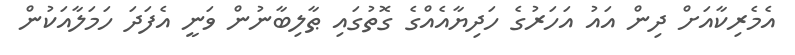
އެމެރިކާއަށް ދިން އައު އަހަރުގެ ހަދިޔާއެއްގެ ގޮތުގައި ޠާލިބާނުން ވަނީ އެފަދަ ހަމަލާއަކުން